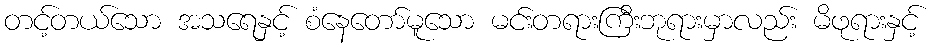
တင့်တယ်သော အသရေနှင့် စံနေတော်မူသော မင်းတရားကြီးဘုရားမှာလည်း မိဖုရားနှင့်